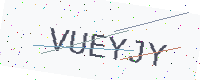
Text: VUEYJY